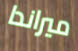
ميراندا